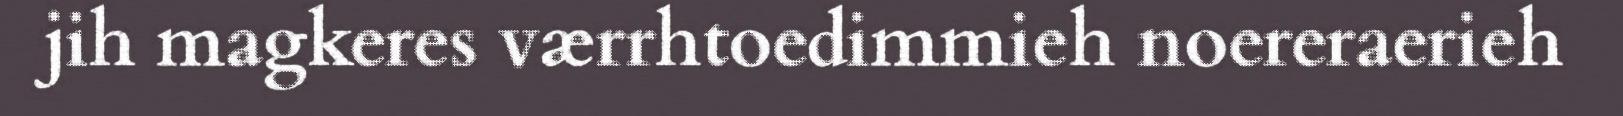
jih magkeres værrhtoedimmieh noereraerieh